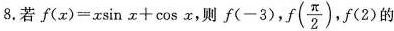
8.若$$f (x)=αsinα+cos x$$ ，则f(-3)， $$f( \frac{ \pi }{2})$$ f(2)的